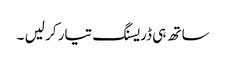
ساتھ ہی ڈریسنگ تیار کر لیں ۔